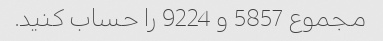
مجموع 5857 و 9224 را حساب کنید.